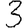
Digit: 3